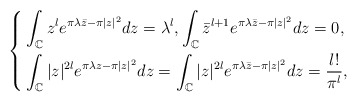
\begin{align*}\left\{\begin{aligned}&\int_{\mathbb{C}}z^l e^{\pi \lambda\bar{z}-\pi|z|^2}dz=\lambda^l,\int_{\mathbb{C}}\bar{z}^{l+1}e^{\pi \lambda\bar{z}-\pi|z|^2}dz=0,\\&\int_{\mathbb{C}}|z|^{2l}e^{\pi\lambda z -\pi|z|^2}dz=\int_{\mathbb{C}}|z|^{2l}e^{\pi\lambda \bar{z} -\pi|z|^2}dz=\frac{l!}{\pi^l},\end{aligned}\right.\end{align*}